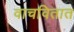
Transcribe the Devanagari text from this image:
वाचवितात